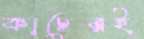
কাচেরই